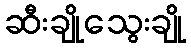
ဆီးချိုသွေးချို